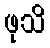
ဖုသိ